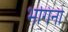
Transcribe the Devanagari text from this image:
भगिनो